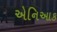
એનિઆક